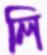
লি